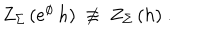
Z _ { \Sigma } \, ( e ^ { \phi } \, h ) \ \not \equiv \ Z _ { \Sigma } \, ( h ) \ .